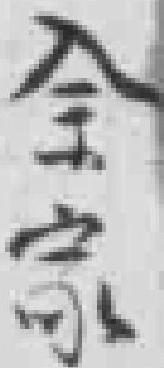
全家